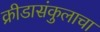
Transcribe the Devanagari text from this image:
क्रीडासंकुलाचा